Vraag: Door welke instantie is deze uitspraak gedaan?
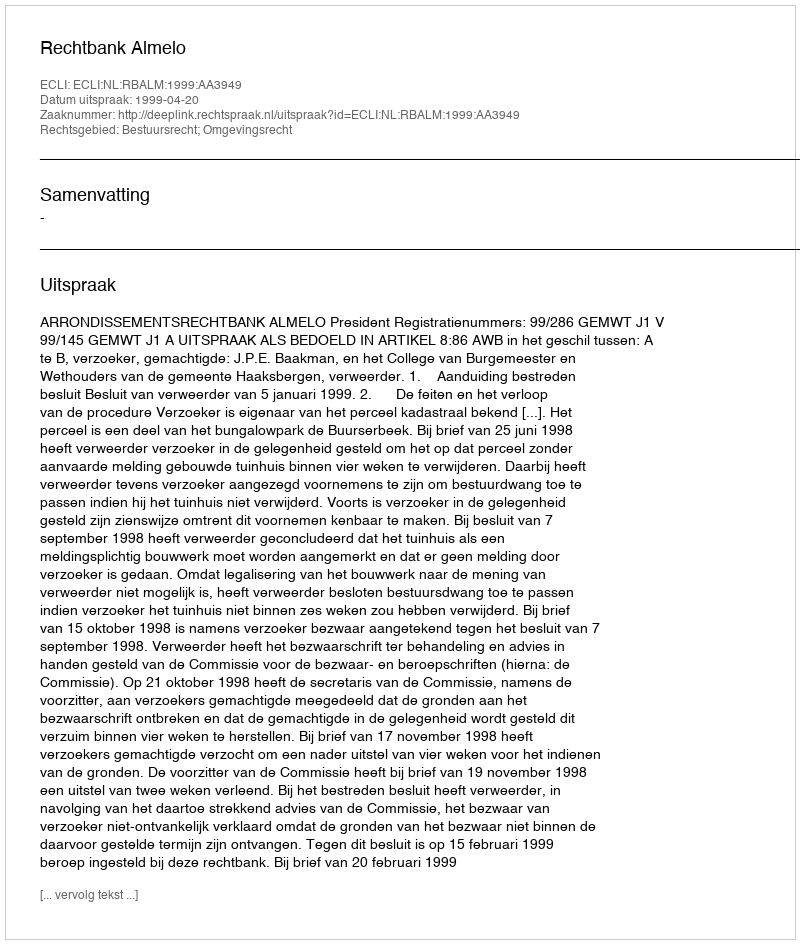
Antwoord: Rechtbank Almelo